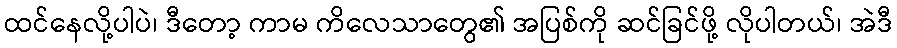
ထင်နေလို့ပါပဲ၊ ဒီတော့ ကာမ ကိလေသာတွေ၏ အပြစ်ကို ဆင်ခြင်ဖို့ လိုပါတယ်၊ အဲဒီ